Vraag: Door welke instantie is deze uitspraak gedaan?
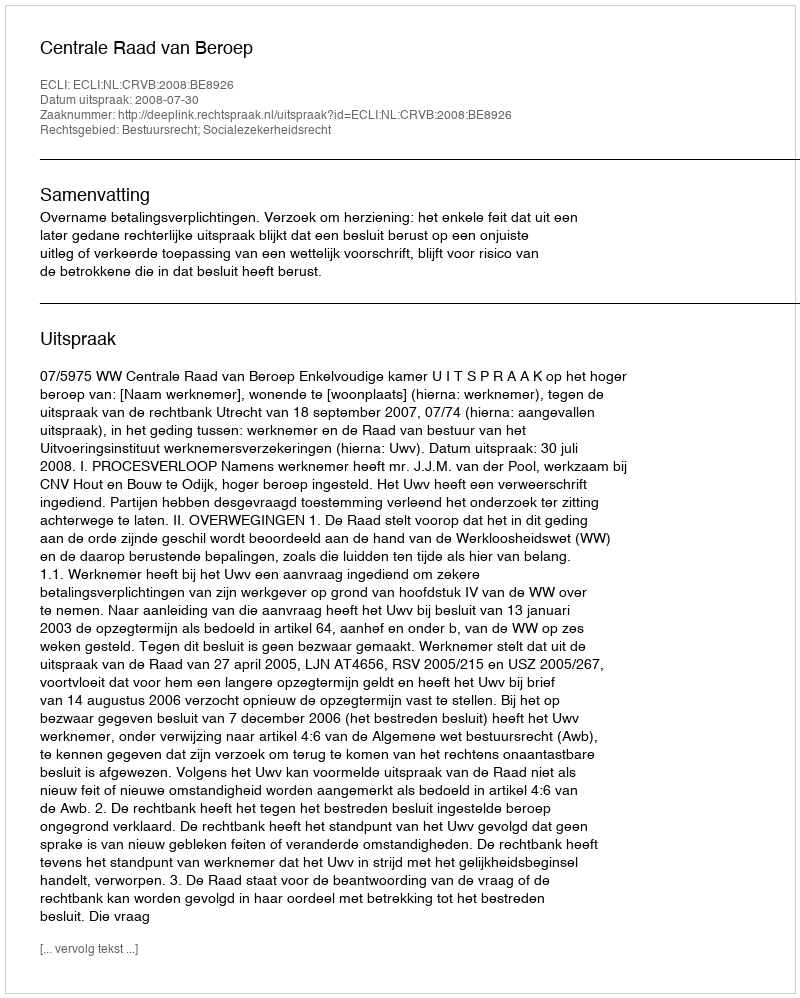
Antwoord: Centrale Raad van Beroep